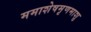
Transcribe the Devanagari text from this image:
ममाशेषमृणमाशु